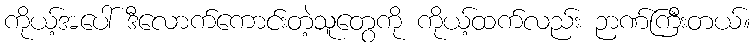
ကိုယ့်အပေါ် ဒီလောက်ကောင်းတဲ့သူတွေကို ကိုယ့်ထက်လည်း ဉာဏ်ကြီးတယ်။